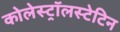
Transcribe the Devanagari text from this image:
कोलेस्ट्रॉलस्टेटिन